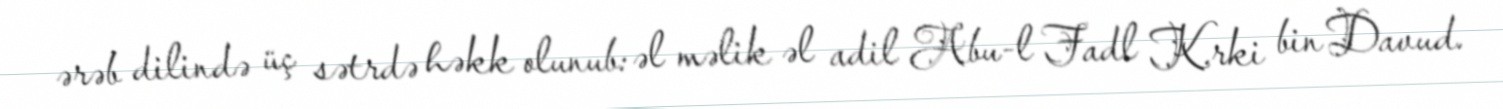
ərəb dilində üç sətrdə həkk olunub: əl məlik əl adil Abu-l Fadl K.rki bin Davud.